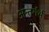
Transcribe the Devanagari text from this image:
अन्तर्गर्भ